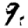
Digit: 9